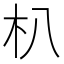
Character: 朳